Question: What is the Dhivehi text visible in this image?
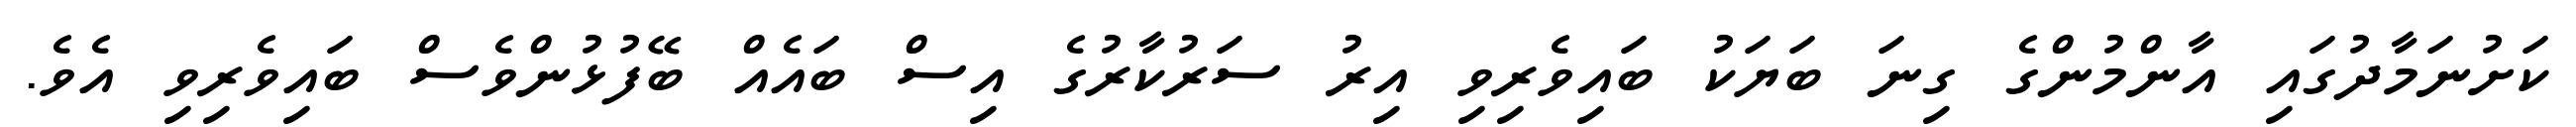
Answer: ކަށުނަމާދުގައި އާންމުންގެ ގިނަ ބަޔަކު ބައިވެރިވި އިރު ސަރުކާރުގެ އިސް ބައެއް ބޭފުޅުންވެސް ބައިވެރިވި އެވެ.